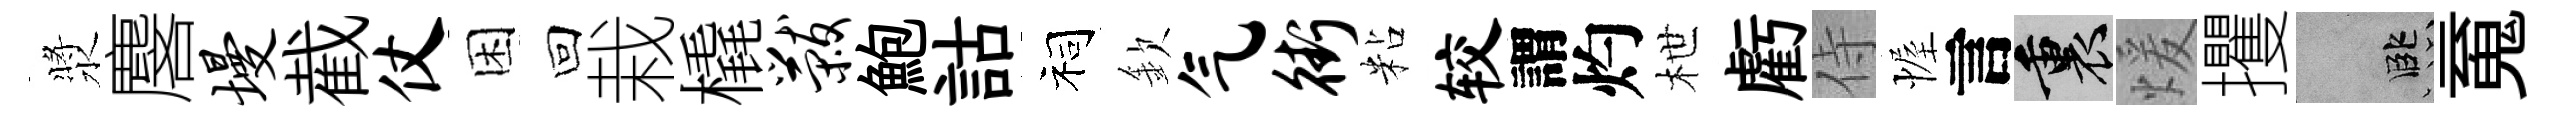
漿麐墁截仗困回栽橇黻鮑詁祠欽气街粘较謂灼枻虧侍幄言裏煖攫孟䰟